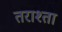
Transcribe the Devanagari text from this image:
तराश्ता